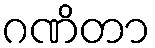
ဂဏိတာ